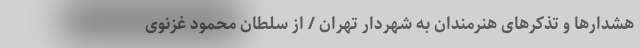
هشدارها و تذکرهای هنرمندان به شهردار تهران / از سلطان محمود غزنوی